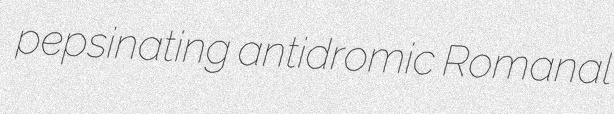
pepsinating antidromic Romanal